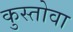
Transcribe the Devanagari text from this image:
कुस्तोवा